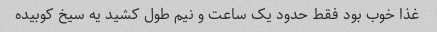
غذا خوب بود فقط حدود یک ساعت و نیم طول کشید یه سیخ کوبیده